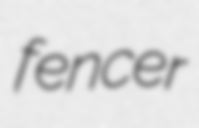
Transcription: fencer